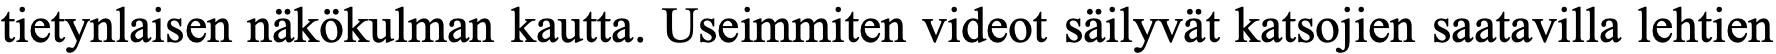
tietynlaisen näkökulman kautta. Useimmiten videot säilyvät katsojien saatavilla lehtien